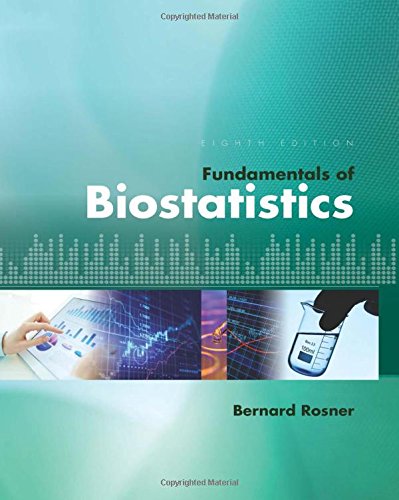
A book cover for Fundamentals of Biostatistics; Bernard Rosner; Computers & Technology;